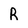
Character: R